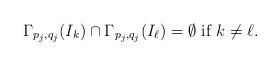
LaTeX: \begin{align*}\Gamma_{p_j,q_j}(I_k)\cap\Gamma_{p_j,q_j}(I_\ell)=\emptyset\mbox{ if }k\not=\ell.\end{align*}